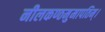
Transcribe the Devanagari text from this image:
नीलकण्ठमुमापतिम्।